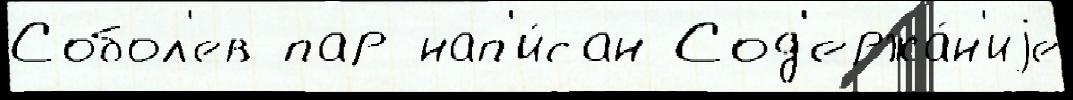
Собол'ев пар нап'и́сан Сод'ержа́н'иjе